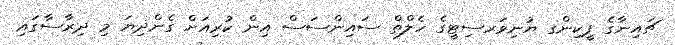
ޗައިނާގެ ޕީކިންގ ޔުނިވަރސިޓީގެ ހެލްތް ސައިންސަސް އިން ކުރިއަށް ގެންދިޔަ މި ދިރާސާގައި